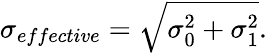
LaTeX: \sigma_{effective}=\sqrt{\sigma_{0}^{2}+\sigma_{1}^{2}}.